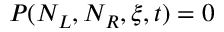
P ( N _ { L } , N _ { R } , \xi , t ) = 0